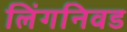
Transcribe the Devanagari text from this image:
लिंगनिवड